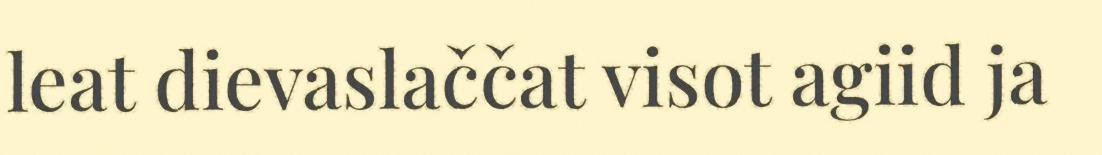
leat dievaslaččat visot agiid ja